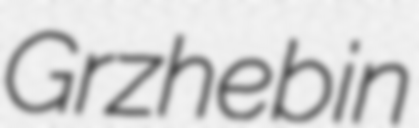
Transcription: Grzhebin